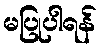
မပြုပါရန်